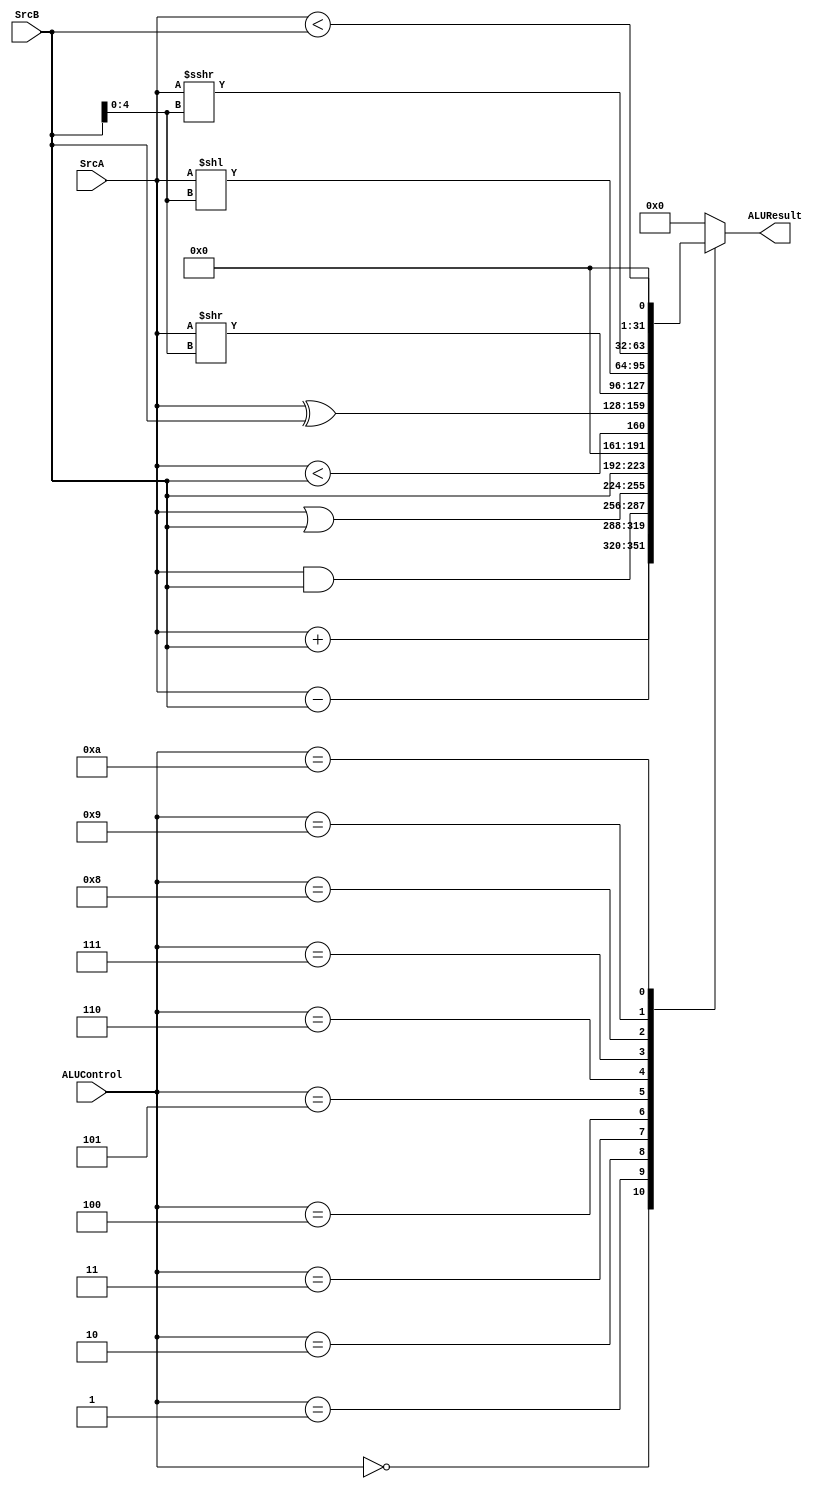
`timescale 1ns/1ns

module ALU (
    input [3:0] ALUControl,
    input [31:0] SrcA, SrcB,
    output reg [31:0] ALUResult
);
    always @(*) begin
        case (ALUControl)
            4'b0000: ALUResult = SrcA + SrcB;
            4'b0001: ALUResult = SrcA - SrcB;
            4'b0010: ALUResult = SrcA & SrcB;
            4'b0011: ALUResult = SrcA | SrcB;
            4'b0100: ALUResult = SrcB;
            4'b0101: ALUResult = $signed(SrcA) < $signed(SrcB);
            4'b0110: ALUResult = SrcA ^ SrcB;
            4'b0111: ALUResult = SrcA >> SrcB[4:0];
            4'b1000: ALUResult = SrcA << SrcB[4:0];
            4'b1001: ALUResult = $signed(SrcA) >>> SrcB[4:0];
            4'b1010: ALUResult = SrcA < SrcB;
            //4'b1011: ALUResult = $signed(SrcA) - $signed(SrcB);
            default: ALUResult = 32'd0;
        endcase
    end
    
endmodule